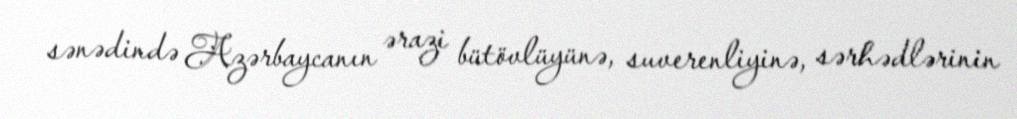
sənədində Azərbaycanın ərazi bütövlüyünə, suverenliyinə, sərhədlərinin